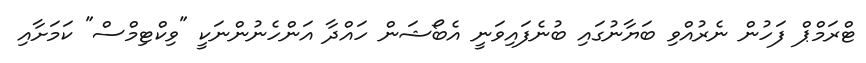
ޓްރަމްޕް ފަހުން ނެރުއްވި ބަޔާނުގައި ބުނެފައިވަނީ އެބޯޝަން ހައްދާ އަންހެނުންނަކީ "ވިކްޓިމްސް" ކަމަށާއި